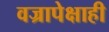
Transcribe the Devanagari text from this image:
वज्रापेक्षाही